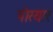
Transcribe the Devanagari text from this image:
पोरयार